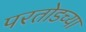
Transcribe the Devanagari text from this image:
परतोडच्या